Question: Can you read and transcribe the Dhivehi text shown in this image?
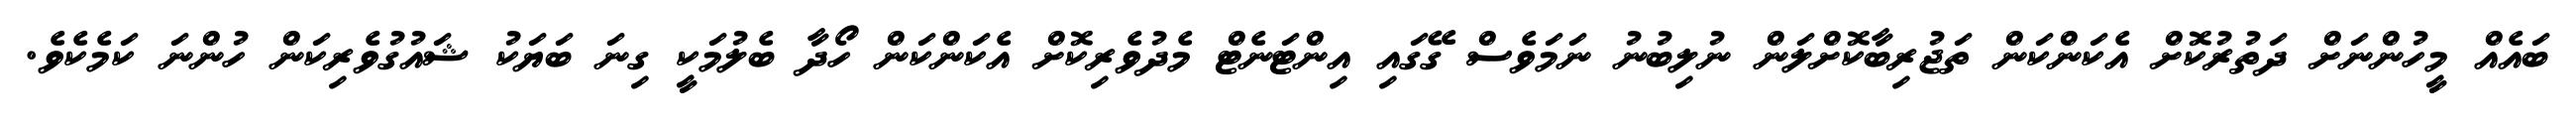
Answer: ބައެއް މީހުންނަށް ދަތުރުކޮށް އެކަންކަން ތަޖުރިބާކޮށްލަން ނުލިބުނު ނަމަވެސް ގޭގައި އިންޓަނެޓް މެދުވެރިކޮށް އެކަންކަން ހޯދާ ބެލުމަކީ ގިނަ ބަޔަކު ޝައުގުވެރިކަން ހުންނަ ކަމެކެވެ.